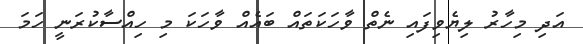
އަދި މިހާރު ލިޔެވިފައި ނެތް ވާހަކަތައް ބައެއް ވާހަކަ މި ހިއްސާކުރަނީ ހަމަ